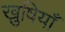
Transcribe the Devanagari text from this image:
ख़ुषियाँ